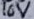
Text: 16V